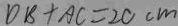
D B + A C = 2 C c m